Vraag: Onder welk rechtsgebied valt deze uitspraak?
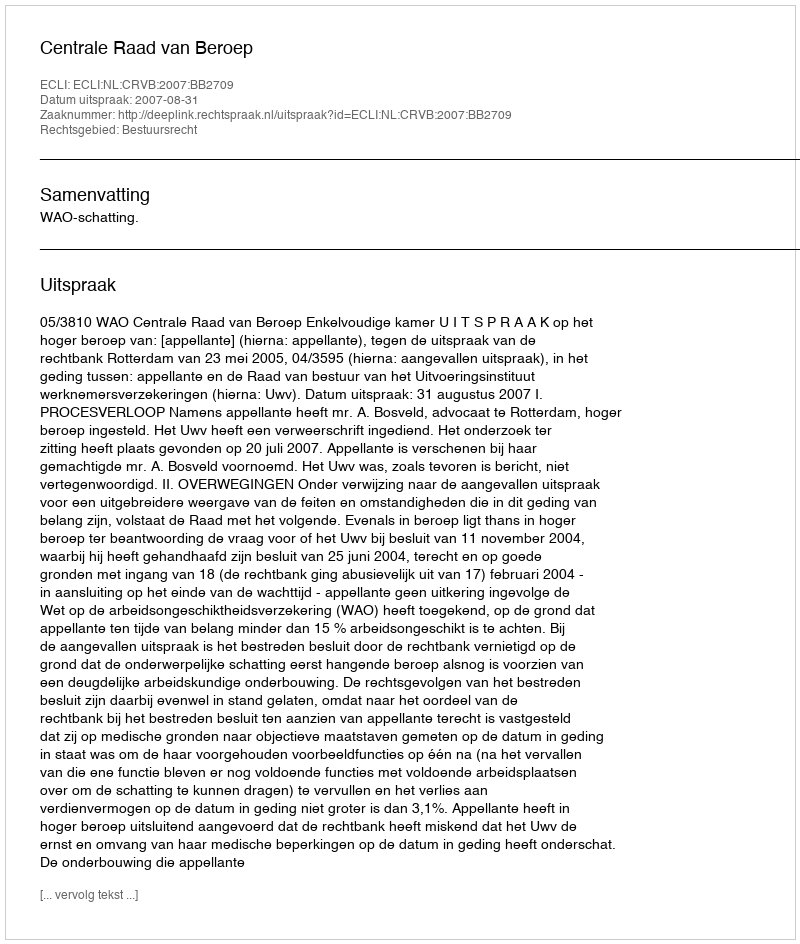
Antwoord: Bestuursrecht